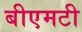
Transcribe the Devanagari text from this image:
बीएमटी